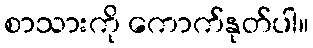
စာသားကို ကောက်နုတ်ပါ။